King Institute of Preventive Medicine Micro-Biological Section reports 1912-19
Year: 1912
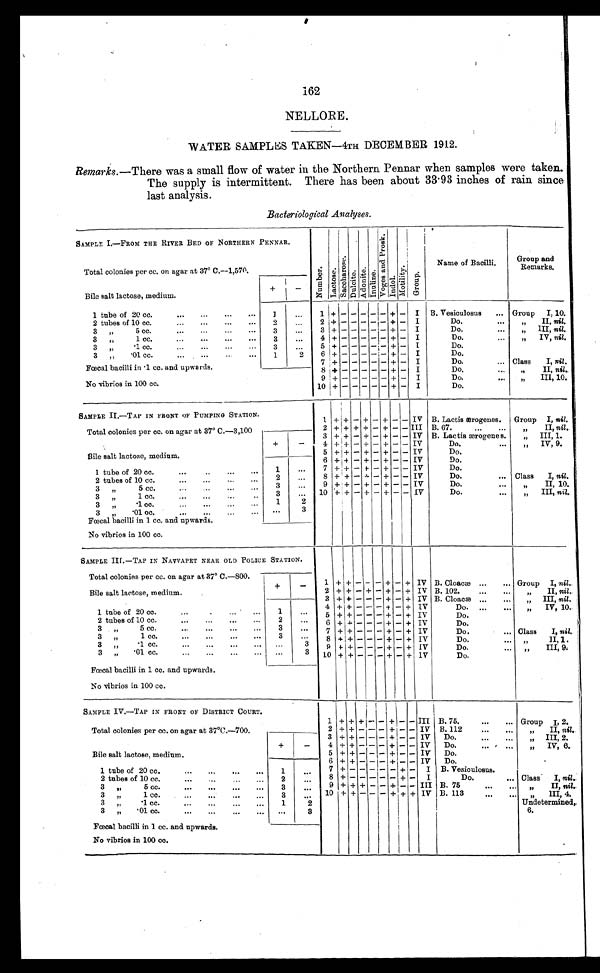
162
NELLORE.
WATER SAMPLES TAKEN—4TH DECEMBER 1912.
Remarks .—There was a small flow of water in the Northern Pennar when samples were taken.
The supply is intermittent. There has been about 33.93 inches of rain since
last analysis.
Bacteriological Analyses.
SAMPLE I.—FROM THE RIVER BED OF NORTHERN PENNAR.
N u m b e r .
La c t oa e .
S a c c h a r o s e . D u l o i t e .
A d o n i t e .
I n u l i n .
V o g a a n d P r o s k .
Indol . Mo d a l i t y .
Group
Name of Bacilli.
Group and
Remarks.
Total colonies per cc. on agar at 37° C.—1,570.
Bile salt lactose, medium.
+
-
1 tube of 20 cc.
...
...
...
...
1
. . .
1 + -
- - - - + - I B. Vesiculosus
Group I, 10..
2 tubes of 10 cc.
...
...
...
...
2
. . .
2
+ -
- - - - + - I
Do.
„ I I ,
n i l
.
3 „
5 cc.
...
...
...
...
3
. . .
3
+ -
- - - - + - I
Do.
„ I I I ,
n i l
.
3
„
1 cc.
...
...
...
...
3
. . .
4
+ -
- - - - + - I
Do.
„ I V ,
n i l
.
3
„ .1 cc. ... ... ... ...
3
. . .
5
+ -
- - - - + - I
Do.
3
„ .01 cc. ... ... ... ...
1
2
6 + -
- - - - + - I
Do.
Fœcal bacilli in .1 cc. and upwards.
7
+ -
- - - - + - I
Do.
Class
I,
n i l
. n i l ,
8 + -
- - - - + - I
Do.
„ I I
n i l
.
No vibrios in 100 cc.
9 + -
- - - - + - I
Do.
„ III, 10.
10 + -
- - - - + - I
Do.
SAMPLE II—TAP IN FRONT OF PUMPING STATION.
1
+ + - + - + - - IV B. Lactic ærogenes. Group I, nil.
Total colonies per cc. on agar at 37° C.—3,100
2 + + - + - + - - III B. 67.
„ I I ,
n i l
. .
3 + + - + - + - - IV B. Lactis ærogenes.
„ III, 1.
Bile salt lactose, medium.
+
-
4 + + - + - + - - IV
Do.
„ I V , 9 .
5 + + - + -
- - IV
Do,
6 + + - + - + - - IV
Do.
1 tube of 20 cc.
...
1
. . .
7 + + - + - + - - IV
Do.
2 tubes of 10 cc.
...
. . .
2
. . .
8 + + - + - + - - IV
Do.
Class I, nil.
3 „ 5 cc.
3
. . .
9 + + - + - + - - IV
Do.
„ I I , 1 0 .
3 „ 1 cc.
3
. . .
1 0 + + - + - + - - IV
Do.
„
III, nil.
3 „ .1 cc.
1
2
3 „ .01 cc.
. . .
3
Faecal bacilli in 1 cc. and upwards.
No vibrios in 100 cc.
SAMPLE III.—TAP IN NAVVAPET NEAR OLD POLICE STATION.
Total colonies per cc. on agar at 37° C.—800.
Bile salt lactose, medium.
+
-
1 + + - - - + - + IV B. Cloacæ
Group I, nil.
2 + + - + - + - + IV B. 102.
„ I I ,
n i l .
3 + + - - - + - + IV B. Cloacæ.
„ III, nil.
1 tube of 20 cc.
...
. . .
. . .
1
. . .
4 + + - - - + - + IV
Do.
„ IV, 10.
5 + + - - - + - + IV
Do.
2 tubes of 10 cc.
...
. . .
. . .
2
. . .
6 + + - - - + - + IV
Do.
3
„
5 cc.
...
. . .
. . .
3
. . .
7 + + - - - + - + IV
Do.
Class
I, nil.
3
„
1 c c .
. . .
. . .
. . .
3
. . .
8 + + - - - + - + IV
Do.
„ I I , 1 .
3
„
. 1 c c .
. . .
. . .
. . .
. . .
3
9 + + - - - + - + IV
Do.
„ I I I , 9 .
3
„
. 0 1 c c . . . . . . . . . .
. . .
3
1 0 + + - - - + - + IV
Do.
Fœcal bacilli in 1 cc. and upwards.
No vibrios in 100 cc.
SAMPLE IV.—TAP IN FRONT OF DISTRICT COURT.
1 + + +
- - + -
-
III B. 75.
...
... Group I, 2.
Total colonies per cc. on agar at 37°C.—700.
2 + + - - - + -
- IV B. 112.
„ I I ,
n i l .
3 + + - - - + -
- IV Do.
„ „ I I I , 2.
Bile salt lactose, medium.
+
-
4 + + - - - + -
- IV Do.
„ I V , 6 .
5 + + - - - - + -
- IV Do.
6 + + - - - + - - IV Do.
1 tube of 20 cc.
...
...
...
. . .
1
. . .
7 + - - - - - + - I B. Vesiculosus.
2 tubes of 10 cc.
...
...
...
2
. . .
8 + - - - - - + - I
Do.
... Class
I, nil .
3 „
5 cc.
...
...
...
...
3
. . .
9 + + + - - + -
- III B. 75
...
...
„ II, nil.
3 „
1 cc.
...
...
...
...
3
. . .
1 0 + + - - - + + + IV B. 113
...
...
„ III, 4.
3 „ .1c c .
. . .
. . .
. . .
. . .
1
2
Undetermined,
3 „ .01c c .
. . .
. . .
. . .
. . .
. . .
3
6 .
Fœcal bacilli in 1 cc. and upwards.
No vibrios in 100 cc.
.